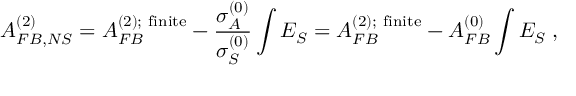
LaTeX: A _ { F B , N S } ^ { ( 2 ) } = A _ { F B } ^ { ( 2 ) ; \mathrm { \footnotesize ~ f i n i t e } } - \frac { \sigma _ { A } ^ { ( 0 ) } } { \sigma _ { S } ^ { ( 0 ) } } \int E _ { S } = A _ { F B } ^ { ( 2 ) ; \mathrm { \footnotesize ~ f i n i t e } } - A _ { F B } ^ { ( 0 ) } \int E _ { S } \; ,